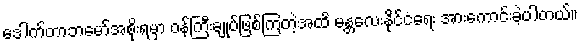
ဒေါက်တာဘမော်အစိုးရမှာ ဝန်ကြီးချုပ်ဖြစ်ကြတဲ့အထိ မန္တလေးနိုင်ငံရေး အားကောင်းခဲ့ပါတယ်။